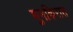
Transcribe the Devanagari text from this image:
मुनकिरात